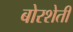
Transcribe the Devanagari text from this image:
बोरशेती